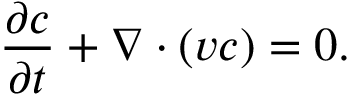
\frac { \partial c } { \partial t } + \nabla \cdot ( \boldsymbol { v } c ) = 0 .